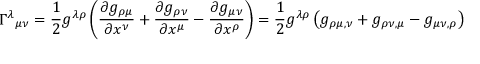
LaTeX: \Gamma ^ { \lambda } { } _ { \mu \nu } = { \frac { 1 } { 2 } } g ^ { \lambda \rho } \left( { \frac { \partial g _ { \rho \mu } } { \partial x ^ { \nu } } } + { \frac { \partial g _ { \rho \nu } } { \partial x ^ { \mu } } } - { \frac { \partial g _ { \mu \nu } } { \partial x ^ { \rho } } } \right) = { \frac { 1 } { 2 } } g ^ { \lambda \rho } \left( g _ { \rho \mu , \nu } + g _ { \rho \nu , \mu } - g _ { \mu \nu , \rho } \right)